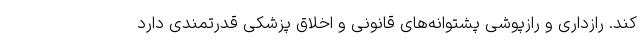
کند. رازداری و رازپوشی پشتوانه‌های قانونی و اخلاق پزشکی قدرتمندی دارد